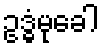
ဥဒ္ဓံမုခေါ